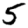
Digit: 5